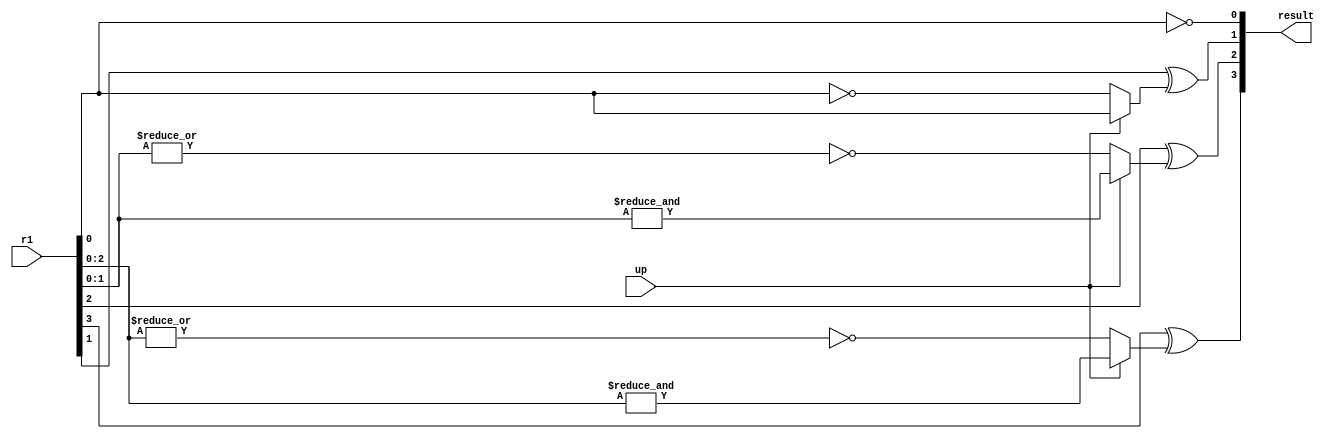
//
// Disclaimer:
//
//   This Verilog source code is intended as a design reference
//   which illustrates how these types of functions can be implemented.
//   It is the user's responsibility to verify their design for
//   consistency and functionality through the use of formal
//   verification methods.  
//
// --------------------------------------------------------------------
//           
//                     Lih-Feng Tsaur
//                     UCSD CSE Department
//                     9500 Gilman Dr, La Jolla, CA 92093
//                     U.S.A
//
// --------------------------------------------------------------------
// Example:
//  wire [10:0] i_count, o_count;
//  N_bit_counter #(11) count00(
//    .resuu<lt (o_count)       , // Output
//    .r1 (i_count)             , // input
//    .up (1'b1)                  //1: count up, 0: count down
//  );
//
//  NOTE:  Don't turn on USE_HALF_ADDER, it is for illustration only
// Revision History : 0.0
//---------------------------------------------------------------------
module N_bit_counter #(parameter N = 4)(
output [N-1:0] result , // Output
input  [N-1:0] r1     , // input
input          up
);

// Internal variables
wire     [N-1:0]      ci       ;

assign result[0] = ~r1[0];
genvar i;
generate
    for (i = 1; i < N; i=i+1) 
    begin : counter_gen_label	
        assign ci[i] = (up)? &r1[i-1:0] : ~|r1[i-1:0];
        xor (result[i], r1[i], ci[i]);
    end
endgenerate

endmodule